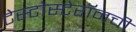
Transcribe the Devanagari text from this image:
टेस्टोस्टेरॉनची